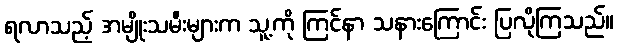
ရလာသည့် အမျိုးသမီးများက သူ့ကို ကြင်နာ သနားကြောင်း ပြလိုကြသည်။